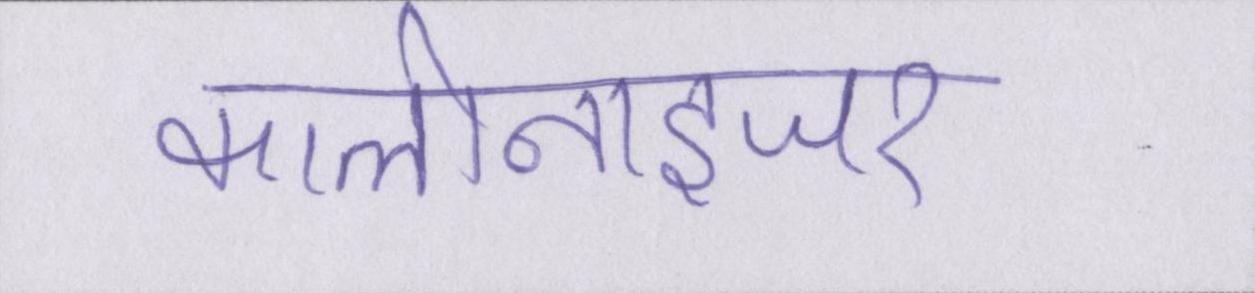
कालोनाइजर